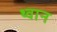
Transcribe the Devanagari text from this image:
थ्वान